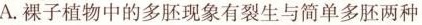
A.裸子植物中的多胚现象有裂生与简单多胚两种